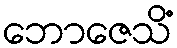
ဘောဇေသိံ